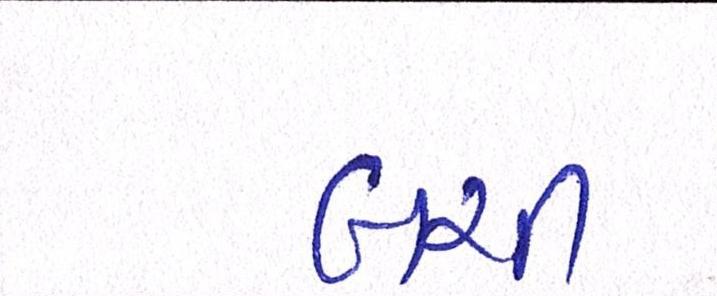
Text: બચી